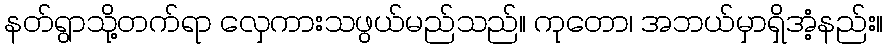
နတ်ရွာသို့တက်ရာ လှေကားသဖွယ်မည်သည်။ ကုတော၊ အဘယ်မှာရှိအံ့နည်း။